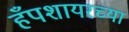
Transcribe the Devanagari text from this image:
हँपशायरच्या